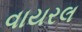
વાયરલ